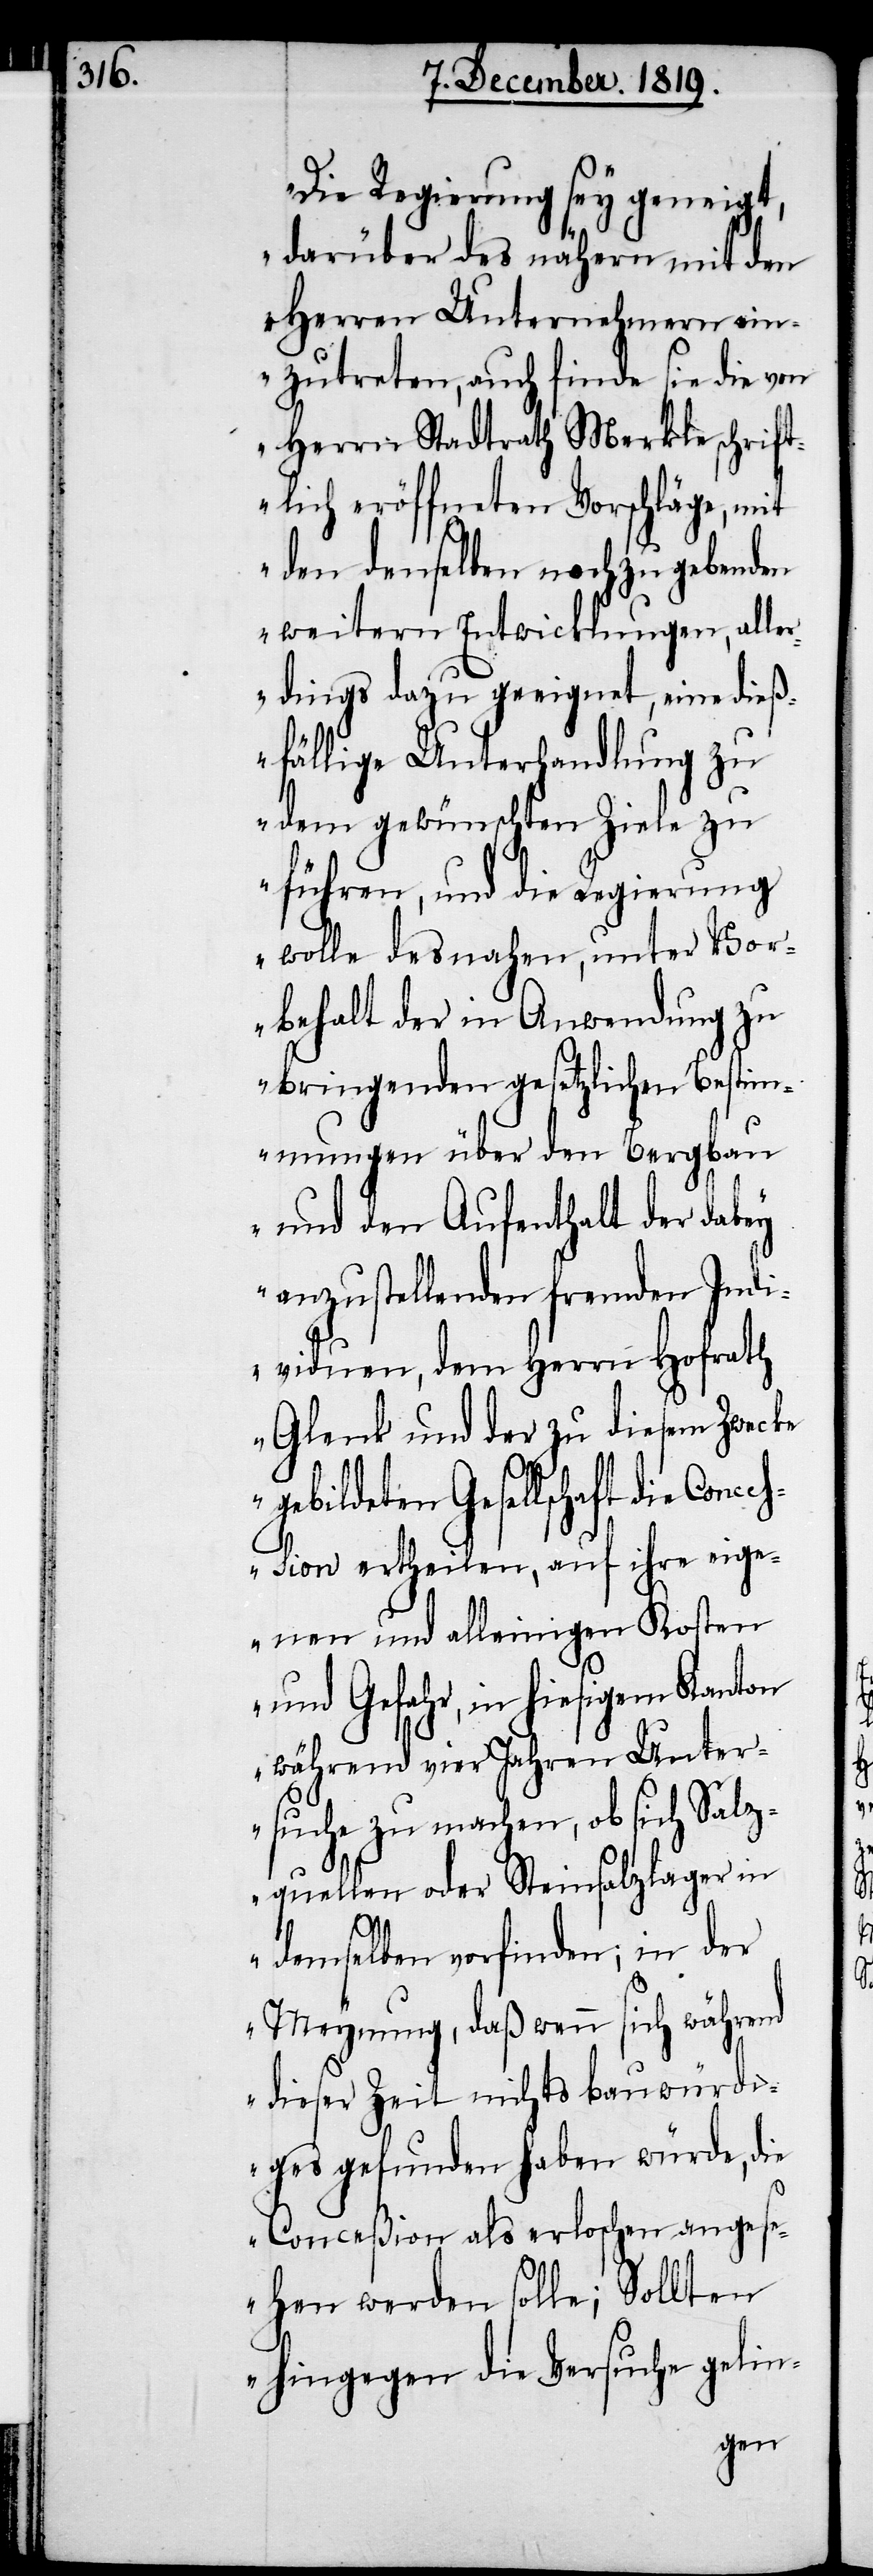
Die Regierung sey geneigt,
darüber des nähern mit den
Herren Unternehmern ein¬
zutreten, auch finde sie die von
Herrn Stadtrath Merkle schrift¬
lich eröffneten Vorschläge, mit
den denselben noch zu gebenden
weitern Entwicklungen, alle¬
rdings dazu geeignet, eine dieß¬
fällige Unterhandlung zu
dem gewünschten Ziele zu
führen, und die Regierung
wolle desnahen, unter Vor¬
behalt der in Anwendung zu
bringenden gesetzlichen Bestim¬
mungen über den Bergbau
und den Aufenthalt der dabey
anzustellenden fremden Indi¬
viduen, dem Herrn Hofrath
Glenk und der zu diesem Zwecke
ebildeten Gesellschaft die Conc¬
ession ertheilen, auf ihre eige¬
nen und alleinigen Kosten
und Gefahr, in hiesigem Kanton
während vier Jahren Unter¬
suche zu machen, ob sich Salz¬
quellen oder Steinsalzlager in
g¬
demselben vorfinden; in der
Meynung, daß wenn sich während
dieser Zeit nichts bauwürdi¬
ges gefunden haben würde, die
Conceßion als erloschen angese¬
hen werden solle; Sollten
hingegen die Versuche gelin-